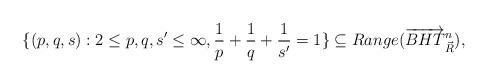
LaTeX: \begin{align*}\lbrace \left(p, q, s \right): 2\leq p, q, s' \leq \infty, \frac{1}{p}+\frac{1}{q}+\frac{1}{s'}=1 \rbrace \subseteq Range(\overrightarrow{BHT}^n_{\vec R}),\end{align*}